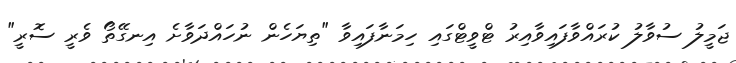
ޖަމީލު ސުވާލު ކުރައްވާފައިވާއިރު ޓްވީޓްގައި ހިމަނާފައިވާ "ތިޔަހެން ނުހައްދަވާށެ އިނގޭތޯ ވެރީ ސޮރީ"